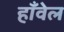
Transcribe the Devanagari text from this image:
हाँवेल